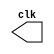
module clk_gen(clk);
output reg clk;
initial clk =0;
always #10 clk=~clk;
endmodule